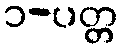
၁-ပတ္တ